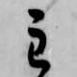
主